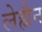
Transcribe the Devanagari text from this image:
लेह्मैन